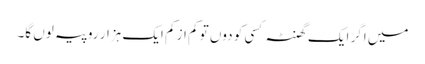
میں اگر ایک گھنٹہ کسی کو دوں تو کم از کم ایک ہزار روپیہ لوں گا۔